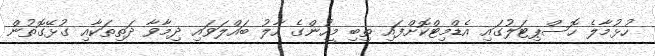
ހުޅުމާލެ ހޮސްޕިޓަލުގައި އެޑްމިޓްކޮށްފައި ތިބި މީހުންގެ ހާލު ބައްލަވައި ދިމާވާ ދަތިތަކާއި ގުޅޭގޮތުން